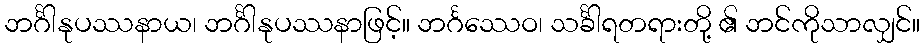
ဘင်္ဂါနုပဿနာယ၊ ဘင်္ဂါနုပဿနာဖြင့်။ ဘင်္ဂဿေဝ၊ သင်္ခါရတရားတို့ ၏ ဘင်ကိုသာလျှင်။